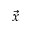
\vec { x }